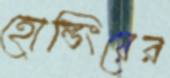
হোল্ডিংয়ের